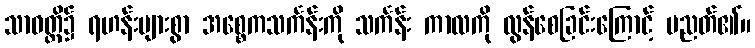
သာဝတ္ထိ၌ ရဟန်းများစွာ အစ္စေကသင်္ကန်းကို သင်္ကန်း ကာလကို လွန်စေခြင်းကြောင့် ပညတ်၏။